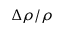
\Delta \rho / \rho